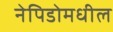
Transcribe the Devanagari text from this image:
नेपिडोमधील